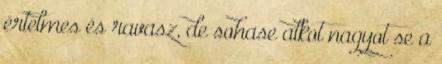
értelmes és ravasz, de sohase alkot nagyot se a